Punjab Mental Hospital Lahore 1932-46 - 1932-1946
Year: 1932
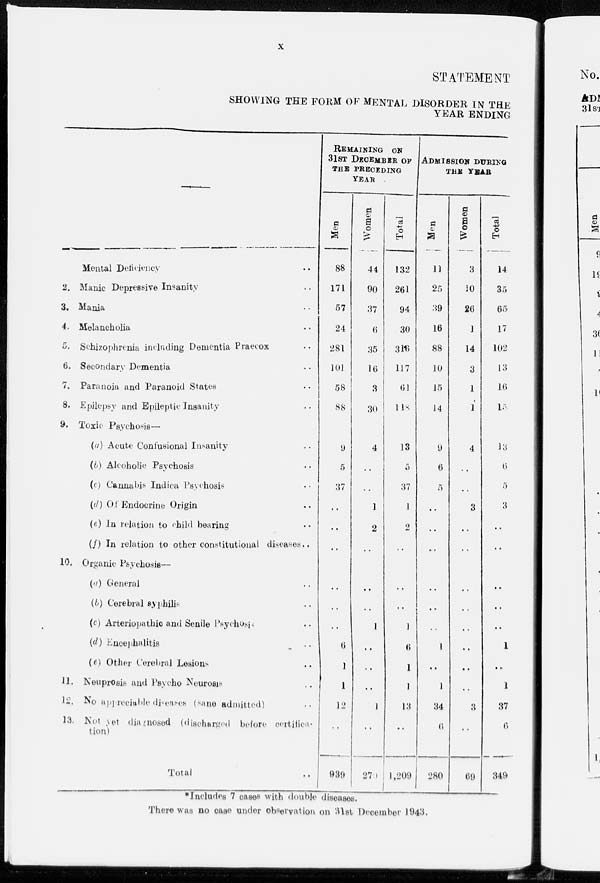
x
STATEMENT
SHOWING THE FORM OF MENTAL DISORDER IN THE
YEAR ENDING
—
Mental Deficiency
2. Manic Depressive Insanity ..
3. Mania ..
4. Melancholia ..
5. Schizophrenia including Dementia Praecox ..
6. Secondary Dementia ..
7. Paranoia and Paranoid States ..
8. Epilepsy and Epileptic Insanity ..
9. Toxic Psychosis—
(a) Acute Confusional Insanity ..
(b) Alcoholic Psychosis ..
(c) Cannabis Indica Psychosis ..
(d) Of Endocrine Origin ..
(e) In relation to child bearing ..
(f) In relation to other constitutional diseases ..
10. Organic Psychosis—
(a) General ..
(b) Cerebral syphilis ..
(c) Arteriopathic and Senile Psychosis ..
(d) Encephalitis ..
(e) Other Cerebral Lesions ..
11. Neuprosis and Psycho Neurosis ..
12. No appreciable diseases (sane admitted) ..
13. Not yet diagnosed (discharged before certifica-
tion)
Total ..
REMAINING ON
31ST DECEMBER OF
THE PRECEDING
YEAR
Men
88
171
57
24
281
101
58
88
9
5
37
..
..
..
..
..
..
6
l
l
12
..
939
Women
44
90
37
6
35
16
3
30
4
..
..
1
2
..
..
..
1
..
..
..
1
..
270
Total
132
261
94
30
316
117
61
118
13
5
37
1
2
..
..
..
1
6
1
1
13
..
1,209
ADMISSION DURING
THE YEAR
Men
11
25
39
16
88
10
15
14
9
6
5
..
..
..
..
..
..
1
..
1
34
6
280
Women
3
10
26
1
14
3
1
1
4
..
..
3
..
..
..
..
..
..
..
..
3
..
69
Total
14
35
65
17
102
13
16
15
13
6
5
3
..
..
..
..
..
1
..
1
37
6
349
*Includes 7 cases with double diseases.
There was no case under observation on 31st December 1943.